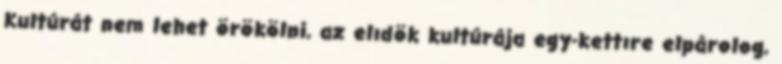
Kultúrát nem lehet örökölni, az elıdök kultúrája egy-kettıre elpárolog,